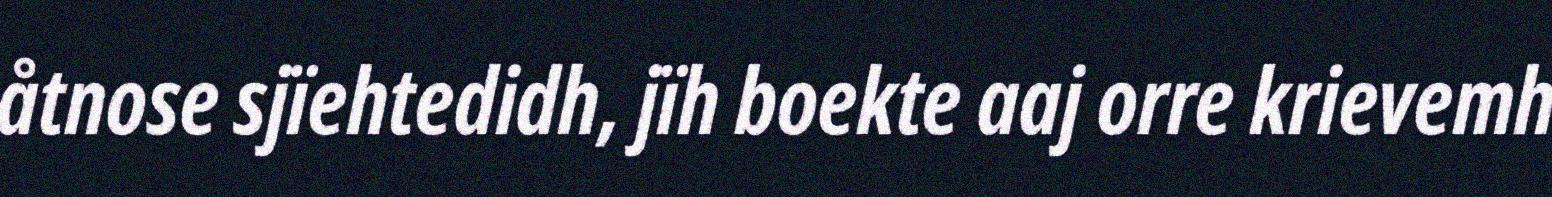
åtnose sjïehtedidh, jïh boekte aaj orre krievemh